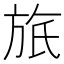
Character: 𣃮